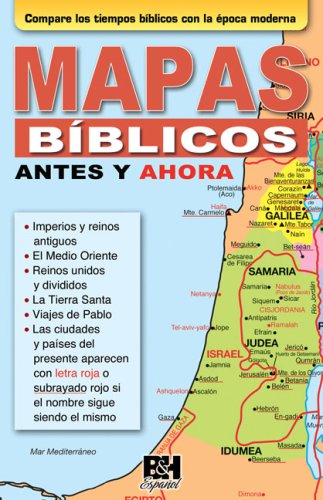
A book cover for Mapas biblicos antes y ahora (Coleccion Temas de Fe) (Spanish Edition); Holman Bible Editorial Staff; Christian Books & Bibles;